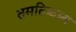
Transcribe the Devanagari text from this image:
तमतिक्रम्य